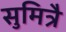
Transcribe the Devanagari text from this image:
सुमित्रै